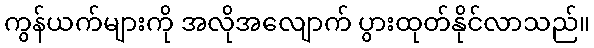
ကွန်ယက်များကို အလိုအလျောက် ပွားထုတ်နိုင်လာသည်။